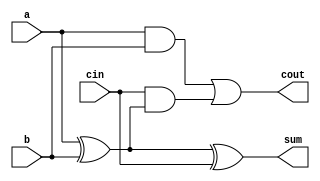
module FullAdder (
    input a,
    input b,
    input cin,
    output sum,
    output cout
);
    assign sum = a ^ b ^ cin;     // Sum output
    assign cout = (a & b) | (cin & (a ^ b)); // Carry output
endmodule